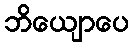
ဘိယျောပေ